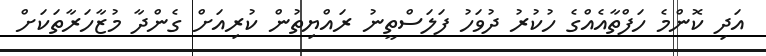
އަދި ކޮންމެ ހަފްތާއެއްގެ ހުކުރު ދުވަހު ފަލަސްތީނު ރައްޔިތުން ކުރިއަށް ގެންދާ މުޒާހަރާތަކަށް